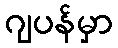
ဂျပန်မှာ